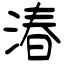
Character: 湷